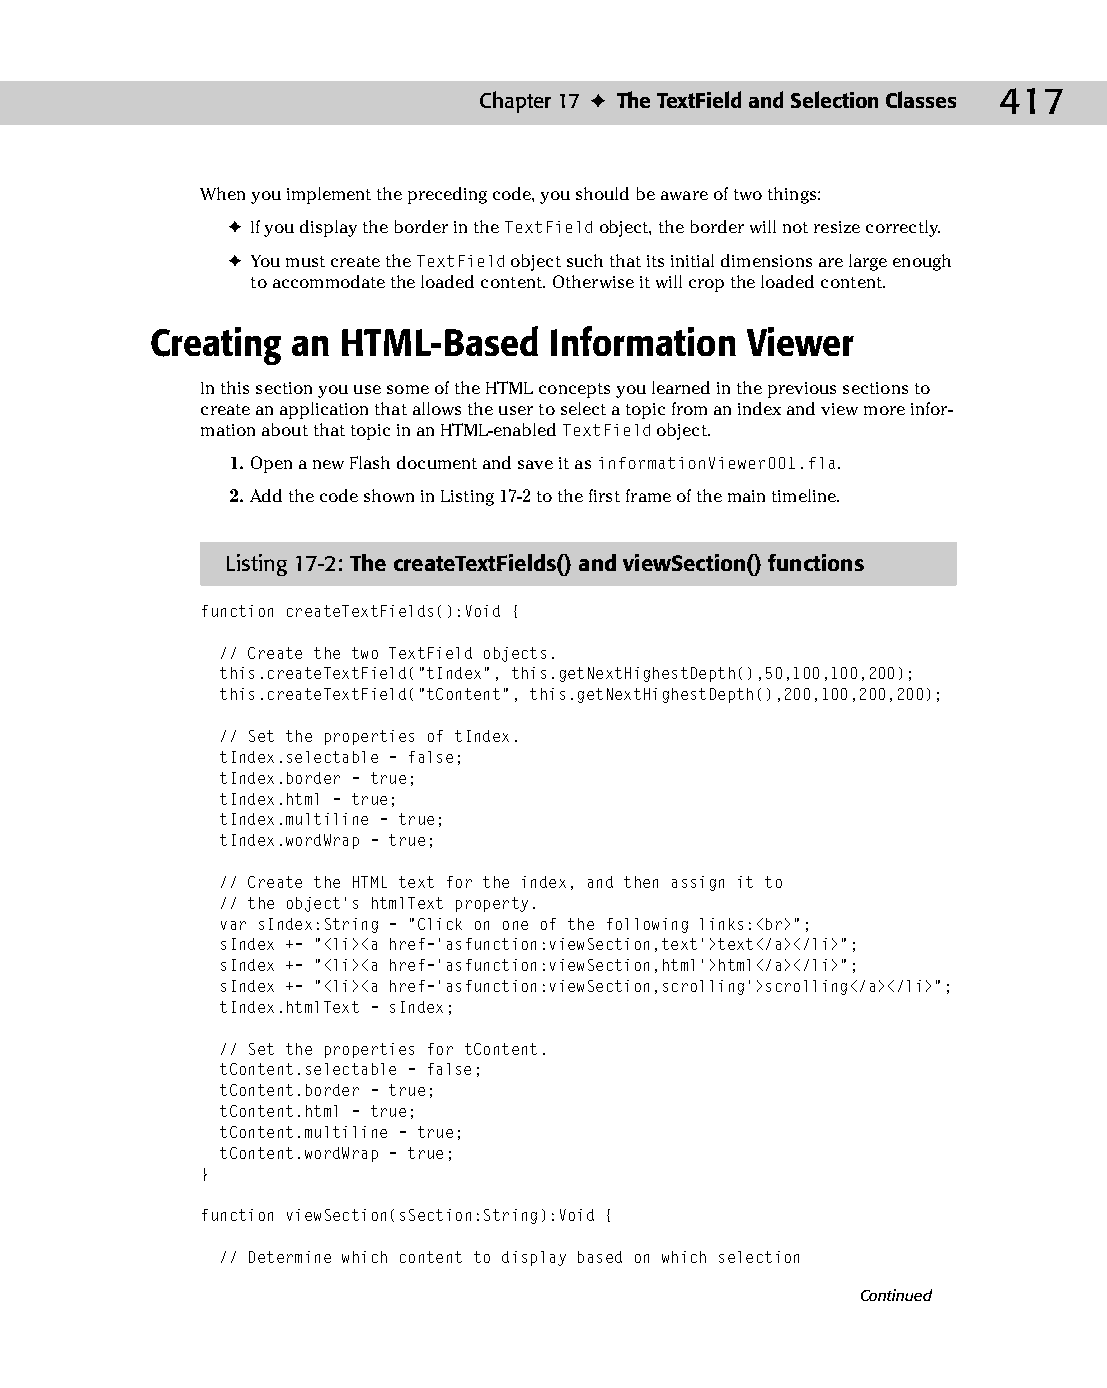
23 543547 ch17.qxd 3/24/04 4:11 PM Page 417
 Chapter 17 ✦ The TextField and Selection Classes 417
 When you implement the preceding code, you should be aware of two things:
 ✦ If you display the border in the TextField object, the border will not resize correctly.
 ✦ You must create the TextField object such that its initial dimensions are large enough
 to accommodate the loaded content. Otherwise it will crop the loaded content.
 Creating an  HTML-Based   Information  Viewer
 In this section you use some of the HTML concepts you learned in the previous sections to
 create an application that allows the user to select a topic from an index and view more infor­
 mation about that topic in an HTML-enabled TextField object.
 1. Open a new Flash document and save it as informationViewer001.fla.
 2. Add the code shown in Listing 17-2 to the first frame of the main timeline.
 Listing 17-2: The createTextFields() and viewSection() functions
 function createTextFields():Void {
 // Create the two TextField objects.
 this.createTextField(“tIndex”, this.getNextHighestDepth(),50,100,100,200);
 this.createTextField(“tContent”, this.getNextHighestDepth(),200,100,200,200);
 // Set the properties of tIndex.
 tIndex.selectable = false;
 tIndex.border = true;
 tIndex.html = true;
 tIndex.multiline = true;
 tIndex.wordWrap = true;
 // Create the HTML text for the index, and then assign it to
 // the object’s htmlText property.
 var sIndex:String = “Click on one of the following links:<br>”;
 sIndex += “<li><a href=’asfunction:viewSection,text’>text</a></li>”;
 sIndex += “<li><a href=’asfunction:viewSection,html’>html</a></li>”;
 sIndex += “<li><a href=’asfunction:viewSection,scrolling’>scrolling</a></li>”;
 tIndex.htmlText = sIndex;
 // Set the properties for tContent.
 tContent.selectable = false;
 tContent.border = true;
 tContent.html = true;
 tContent.multiline = true;
 tContent.wordWrap = true;
 }
 function viewSection(sSection:String):Void {
 // Determine which content to display based on which selection
 Continued